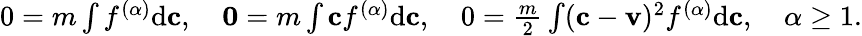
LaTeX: \begin{array}{r}{0=m\int f^{(\alpha)}\textrm{d}\mathbf c,\quad\mathbf 0=m\int\mathbf cf^{(\alpha)}\textrm{d}\mathbf c,\quad 0=\frac{m}{2}\int(\mathbf c-\mathbf v)^{2}f^{(\alpha)}\textrm{d}\mathbf c,\quad\alpha\geq 1.}\end{array}